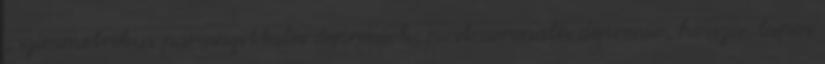
, szimmetrikus parasagittalis depressiok, post coronalis depressio, hosszú, lapos